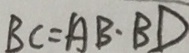
B C = A B \cdot B D